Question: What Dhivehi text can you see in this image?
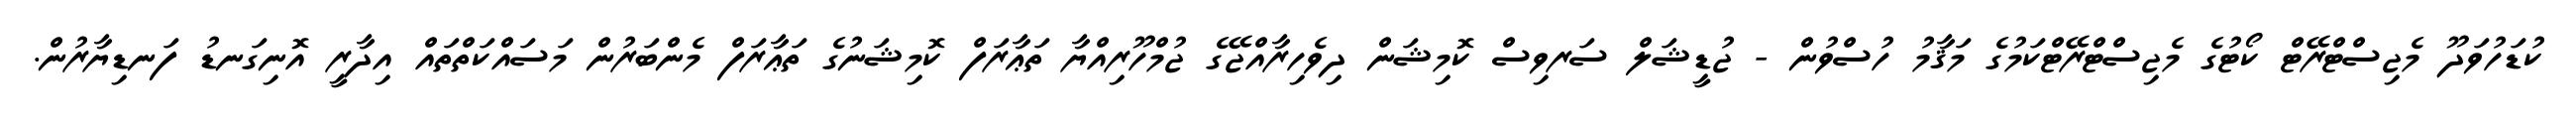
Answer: ކުޑަހުވަދޫ މެޖިސްޓްރޭޓް ކޯޓުގެ މެޖިސްޓްރޭޓްކަމުގެ މަޤާމު ހުސްވުން - ޖުޑީޝަލް ސަރވިސް ކޮމިޝަން ދިވެހިރާއްޖޭގެ ޖުމްހޫރިއްޔާ ތަޢާރަފް ކޮމިޝަނުގެ ތަޢާރަފް މެންބަރުން މަސައްކަތްތައް އިދާރީ އޮނިގަނޑު ފަނޑިޔާރުން.